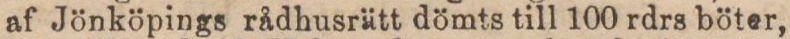
af Jönköpings rådhusrätt dömts till 100 rdrs böter,